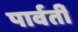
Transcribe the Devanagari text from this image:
पार्वतीं